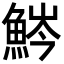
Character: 𩷒